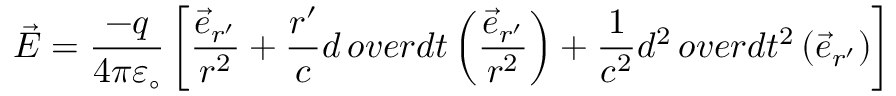
{ \vec { E } } = { \frac { - q } { 4 \pi \varepsilon _ { \circ } } } \left[ { \frac { { \vec { e } } _ { r ^ { \prime } } } { r ^ { 2 } } } + { \frac { r ^ { \prime } } { c } } { d \, o v e r d t } \left( { \frac { { \vec { e } } _ { r ^ { \prime } } } { r ^ { 2 } } } \right) + { \frac { 1 } { c ^ { 2 } } } { d ^ { 2 } \, o v e r d t ^ { 2 } } \left( { \vec { e } } _ { r ^ { \prime } } \right) \right]